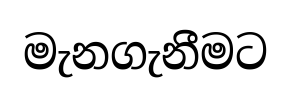
මැනගැනීමට